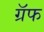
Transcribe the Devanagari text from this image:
ग्रॅफ